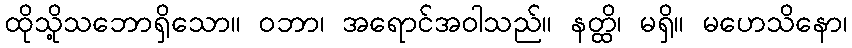
ထိုသို့သဘောရှိသော။ ဝဘာ၊ အရောင်အဝါသည်။ နတ္ထိ၊ မရှိ။ မဟေသိနော၊